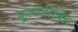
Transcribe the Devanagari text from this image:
पुनरजीवित